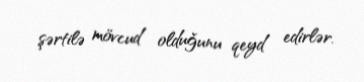
şərtilə mövcud olduğunu qeyd edirlər.